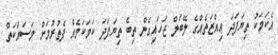
އެކަމަކު ތިޔަފަދަ ޢިއްޒަތެއްގެ ލޭބަލް ޖަހައިގެން ތިބެ ތިޔަފަދަ ކަމަކަމެއް ފެތުރުމަށް މަސައްކަތް